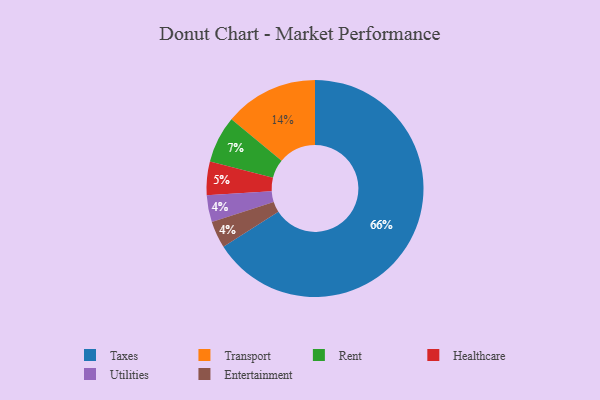
{"axis": {"x": "Category", "y": "Percentage"}, "legend": ["Entertainment", "Healthcare", "Rent", "Taxes", "Transport", "Utilities"], "data": [{"x": "Rent", "y": 7, "type": "Rent"}, {"x": "Healthcare", "y": 5, "type": "Healthcare"}, {"x": "Taxes", "y": 66, "type": "Taxes"}, {"x": "Utilities", "y": 4, "type": "Utilities"}, {"x": "Transport", "y": 14, "type": "Transport"}, {"x": "Entertainment", "y": 4, "type": "Entertainment"}]}